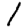
Digit: 1